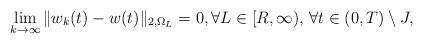
LaTeX: \begin{align*}\lim_{k\to\infty}\|w_k(t)-w(t)\|_{2,\Omega_L}=0, \forall L\in [R,\infty),\, \forall t\in (0,T)\setminus J,\end{align*}